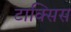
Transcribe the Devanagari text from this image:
टाक्सिस